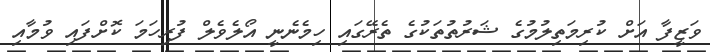
ވަޒީފާ އަށް ކުރިމަތިލުމުގެ ޝަރުތުތަކުގެ ތެރޭގައި ހިމެނެނީ އޯލެވެލް ފުރިހަމަ ކޮށްފައި ވުމާއި